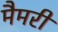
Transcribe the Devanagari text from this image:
मैमरी